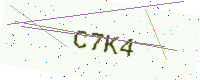
Text: C7K4